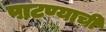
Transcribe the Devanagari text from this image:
पाटण्याची